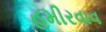
હમીરવાવ